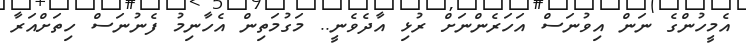
އެމީހުންގެ ނަން އިވުނަސް އަހަރެންނަށް ރުޅި އާދެވެނީ.. މަގުމަތިން އެހާނިމު ފެނުނަސް ހިތަށްއަރާ